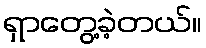
ရှာတွေ့ခဲ့တယ်။